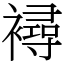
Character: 襑